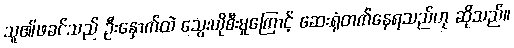
သူ၏ဖခင်သည် ဦးနှောက်ထဲ သွေးယိုစီးမှုကြောင့် ဆေးရုံတက်နေရသည်ဟု ဆိုသည်။